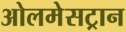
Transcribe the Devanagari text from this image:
ओलमेसट्रान